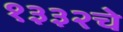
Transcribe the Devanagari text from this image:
१३३२चे